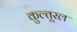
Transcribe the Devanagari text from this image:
कुल्तूरल